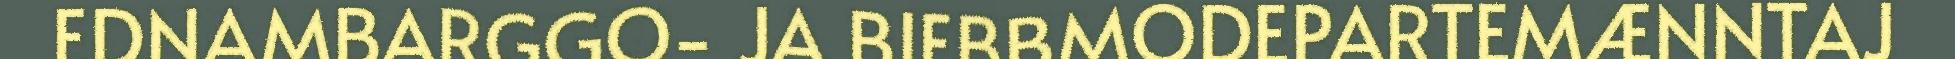
EDNAMBARGGO- JA BIEBBMODEPARTEMÆNNTAJ